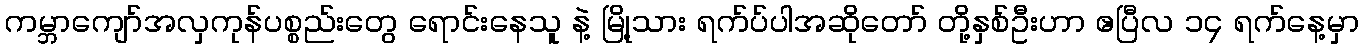
ကမ္ဘာကျော်အလှကုန်ပစ္စည်းတွေ ရောင်းနေသူ နဲ့ မြို့သား ရက်ပ်ပါအဆိုတော် တို့နှစ်ဦးဟာ ဧပြီလ ၁၄ ရက်နေ့မှာ